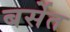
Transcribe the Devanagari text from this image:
बर्सेत